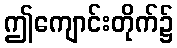
ဤကျောင်းတိုက်၌